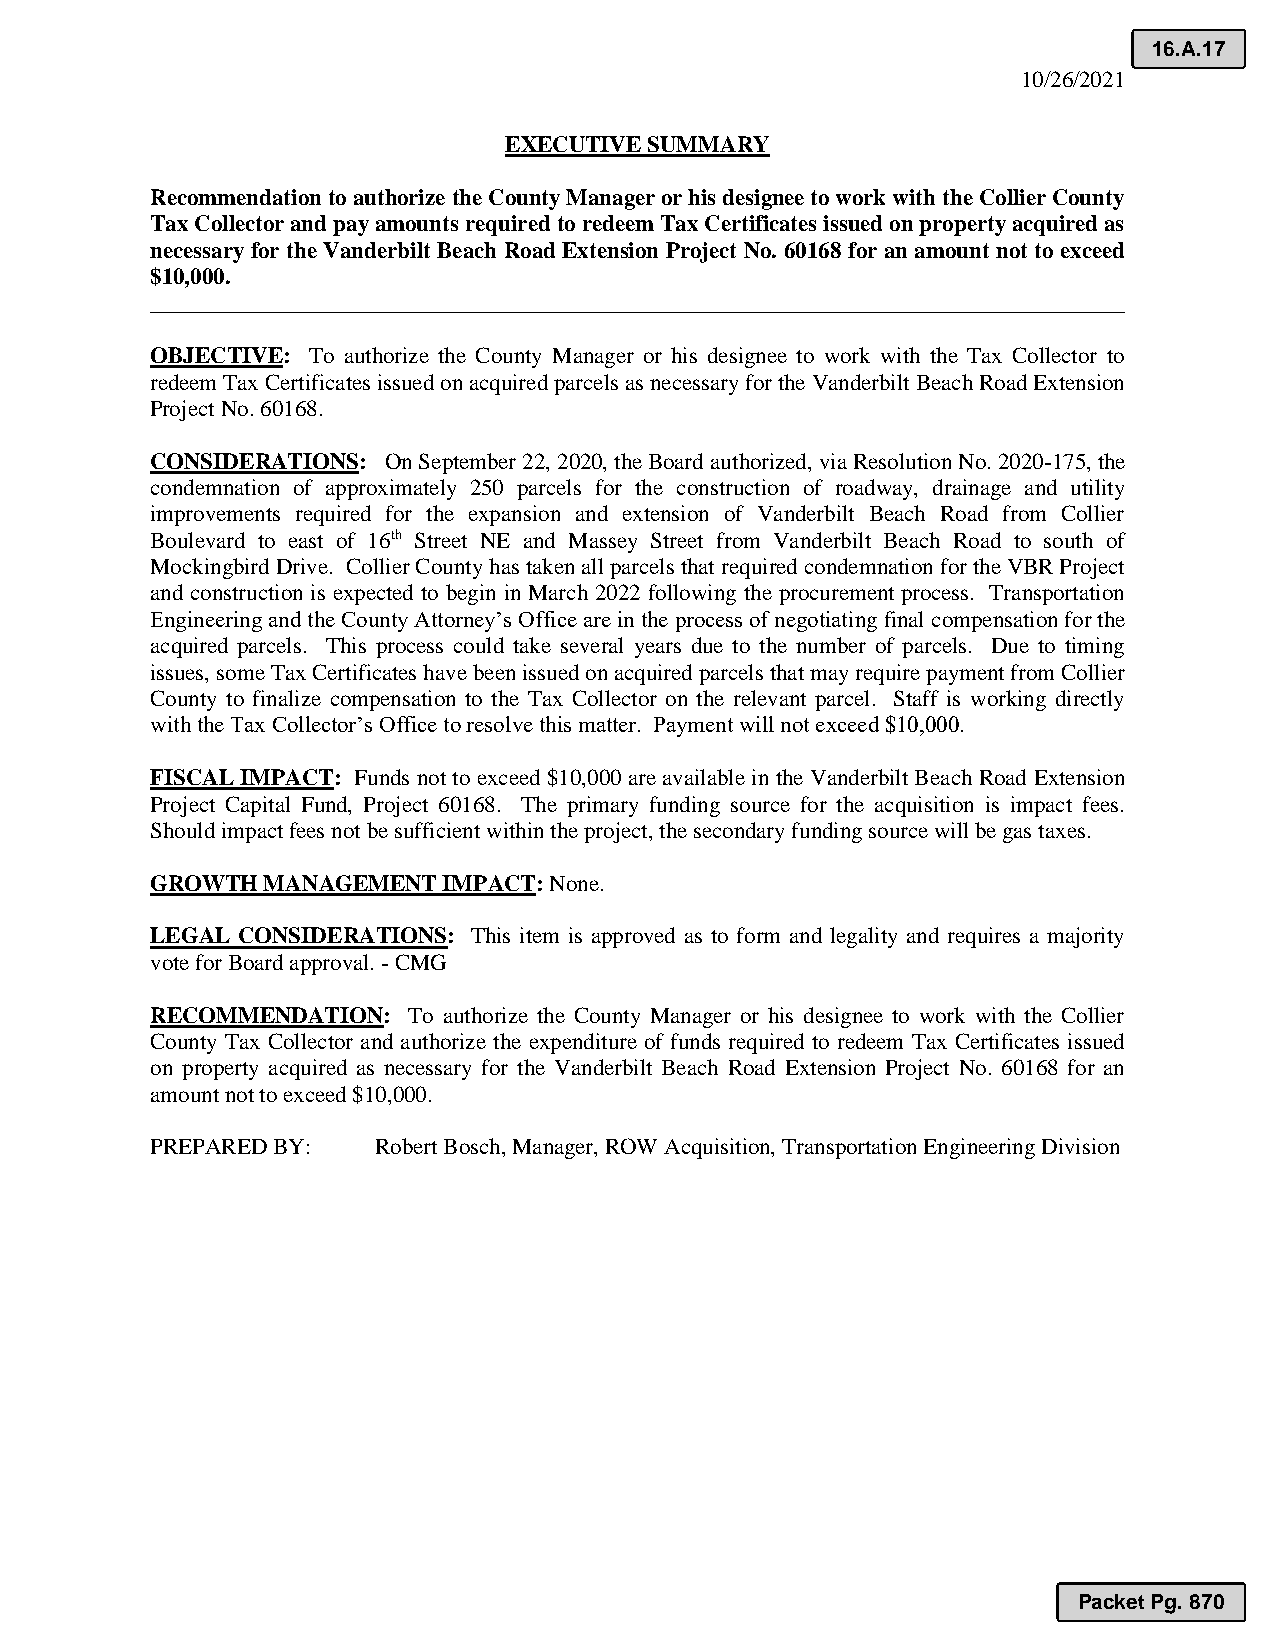
16.A.17
 10/26/2021
 EXECUTIVE SUMMARY
 Recommendation to authorize the County Manager or his designee to work with the Collier County
 Tax Collector and pay amounts required to redeem Tax Certificates issued on property acquired as
 necessary for the Vanderbilt Beach Road Extension Project No. 60168 for an amount not to exceed
 $10,000.
 _____________________________________________________________________________________
 OBJECTIVE: To authorize the County Manager or his designee to work with the Tax Collector to
 redeem Tax Certificates issued on acquired parcels as necessary for the Vanderbilt Beach Road Extension
 Project No. 60168.
 CONSIDERATIONS: On September 22, 2020, the Board authorized, via Resolution No. 2020-175, the
 condemnation of approximately 250 parcels for the construction of roadway, drainage and utility
 improvements required for the expansion and extension of Vanderbilt Beach Road from Collier
 Boulevard to east of 16th Street NE and Massey Street from Vanderbilt Beach Road to south of
 Mockingbird Drive. Collier County has taken all parcels that required condemnation for the VBR Project
 and construction is expected to begin in March 2022 following the procurement process. Transportation
 Engineering and the County Attorney’s Office are in the process of negotiating final compensation for the
 acquired parcels. This process could take several years due to the number of parcels. Due to timing
 issues, some Tax Certificates have been issued on acquired parcels that may require payment from Collier
 County to finalize compensation to the Tax Collector on the relevant parcel. Staff is working directly
 with the Tax Collector’s Office to resolve this matter. Payment will not exceed $10,000.
 FISCAL IMPACT: Funds not to exceed $10,000 are available in the Vanderbilt Beach Road Extension
 Project Capital Fund, Project 60168. The primary funding source for the acquisition is impact fees.
 Should impact fees not be sufficient within the project, the secondary funding source will be gas taxes.
 GROWTH MANAGEMENT  IMPACT: None.
 LEGAL CONSIDERATIONS: This item is approved as to form and legality and requires a majority
 vote for Board approval. - CMG
 RECOMMENDATION:  To authorize the County Manager or his designee to work with the Collier
 County Tax Collector and authorize the expenditure of funds required to redeem Tax Certificates issued
 on property acquired as necessary for the Vanderbilt Beach Road Extension Project No. 60168 for an
 amount not to exceed $10,000.
 PREPARED BY:   Robert Bosch, Manager, ROW Acquisition, Transportation Engineering Division
 Packet Pg. 870